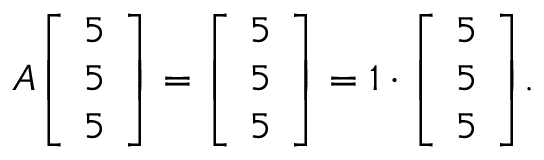
A { \left[ \begin{array} { l } { 5 } \\ { 5 } \\ { 5 } \end{array} \right] } = { \left[ \begin{array} { l } { 5 } \\ { 5 } \\ { 5 } \end{array} \right] } = 1 \cdot { \left[ \begin{array} { l } { 5 } \\ { 5 } \\ { 5 } \end{array} \right] } .